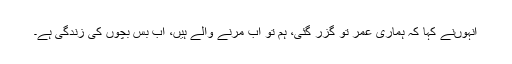
انہوں‌نے کہا کہ ہماری عمر تو گزر گئی، ہم تو اب مرنے والے ہیں، اب بس بچوں کی زندگی ہے۔